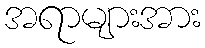
အရာများအား